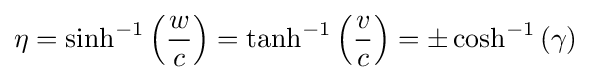
\eta =\sinh ^{-1}\left({\frac {w}{c}}\right)=\tanh ^{-1}\left({\frac {v}{c}}\right)=\pm \cosh ^{-1}\left(\gamma \right)